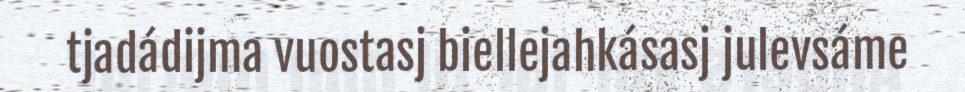
tjadádijma vuostasj biellejahkásasj julevsáme